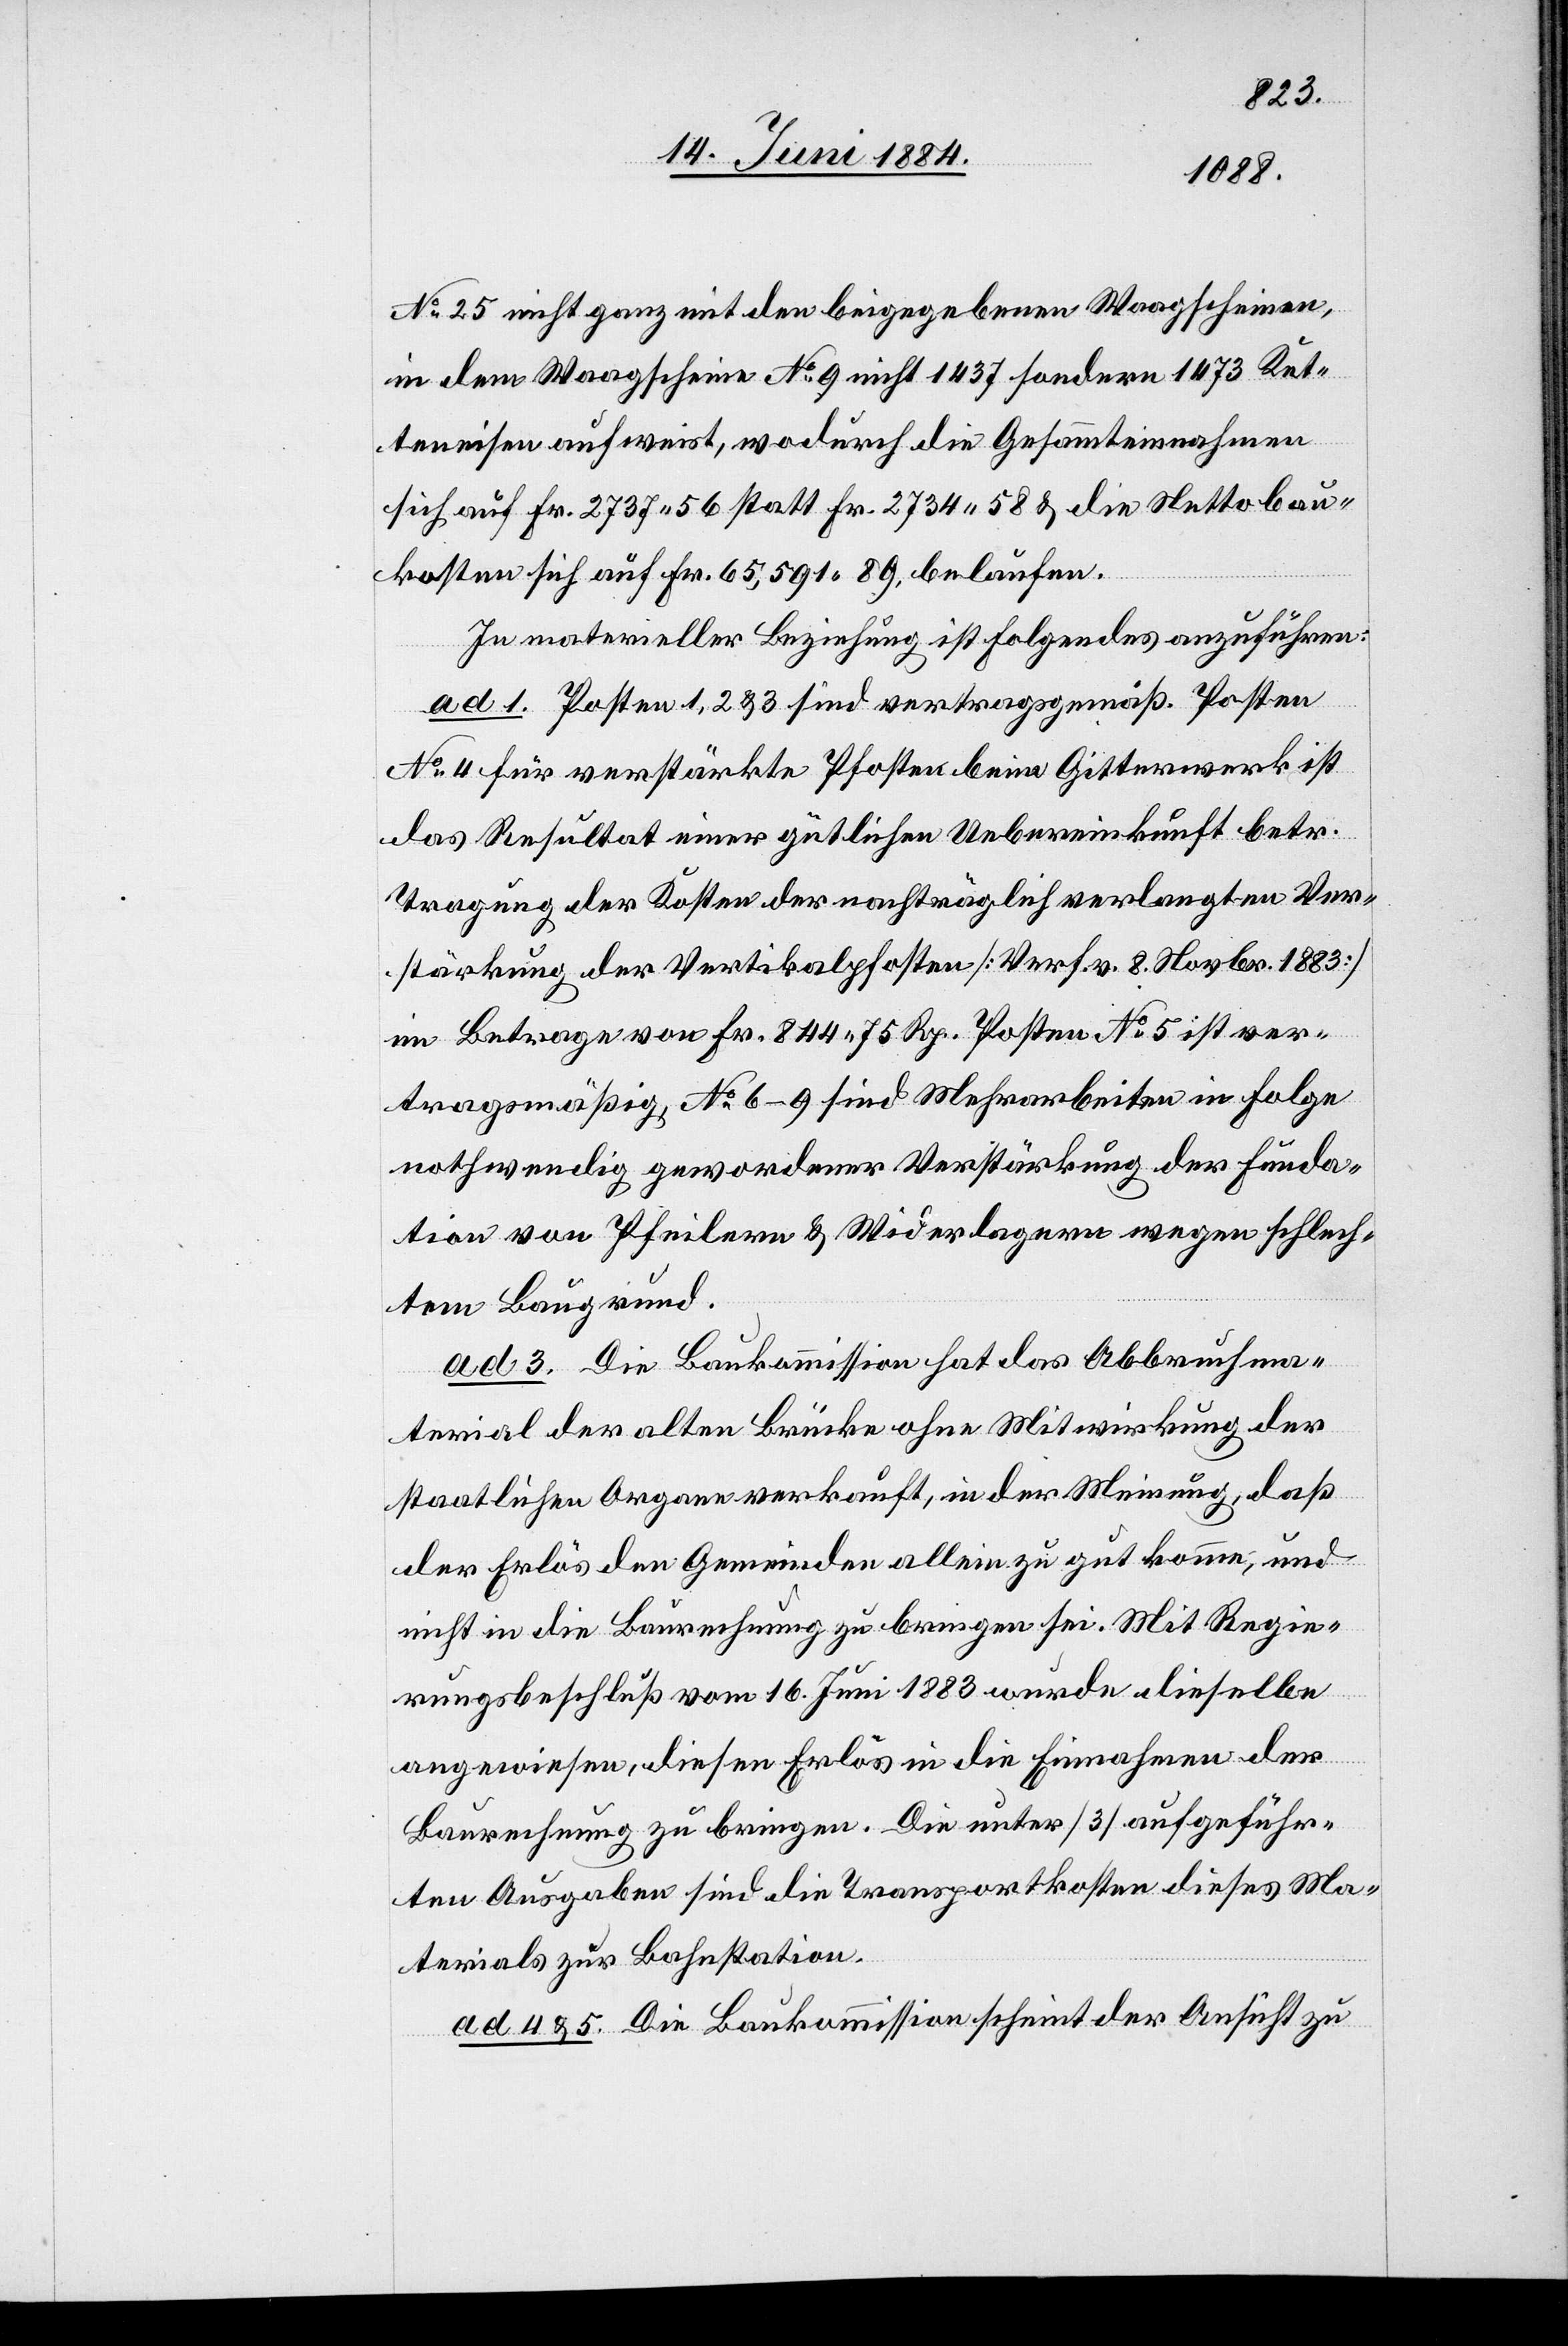
No 25 nicht ganz mit den beigegebenen Waagscheinen,
in dem Waagschein No 9 nicht 1437 sondern 1473 Ket¬
teneisen aufweist, wodurch die Gesammteinnahmen
sich auf Fr. 2737 56 statt Fr. 2734 58 & die Nettobau¬
kosten sich auf Fr. 65,591 89 belaufen.
In materieller Beziehung ist folgendes anzuführen:
ad 1. Posten 1, 2 & 3 sind vertragsgemäß. Posten
No 4 für verstärkte Pfosten beim Gitterwerk ist
das Resultat einer gütlichen Uebereinkunft betr.
Tragung der Kosten der nachträglich verlangten Ver¬
stärkung der Vertikalpfosten [Verf. v. 8. Novbr. 1883]
im Betrage von Fr. 844 75 Rp. Posten No 5 ist ver¬
tragsmäßig, No 6–9 sind Mehrarbeiten in Folge
nothwendig gewordener Verstärkung der Funda¬
tion von Pfeilern & Widerlagern wegen schlech¬
tem Baugrund.
ad 3. Die Baukommission hat das Abbruchma¬
terial der alten Brücke ohne Mitwirkung der
staatlichen Organe verkauft, in der Meinung, daß
der Erlös der Gemeinde allein zu gut komme, und
nicht in die Baurechnung zu bringen sei. Mit Regie¬
rungsbeschluß vom 16. Juni 1883 wurde dieselbe
angewiesen, diesen Erlös in die Einnahmen der
Baurechnung zu bringen. Die unter [3] aufgeführ¬
ten Ausgaben sind die Transportkosten dieses Ma¬
terials zu Bahnstation.
ad 4 & 5. Die Baukommission scheint der Ansicht zu